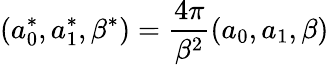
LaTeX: (a_{0}^{*},a_{1}^{*},\beta^{*})=\frac{4\pi}{\beta^{2}}(a_{0},a_{1},\beta)